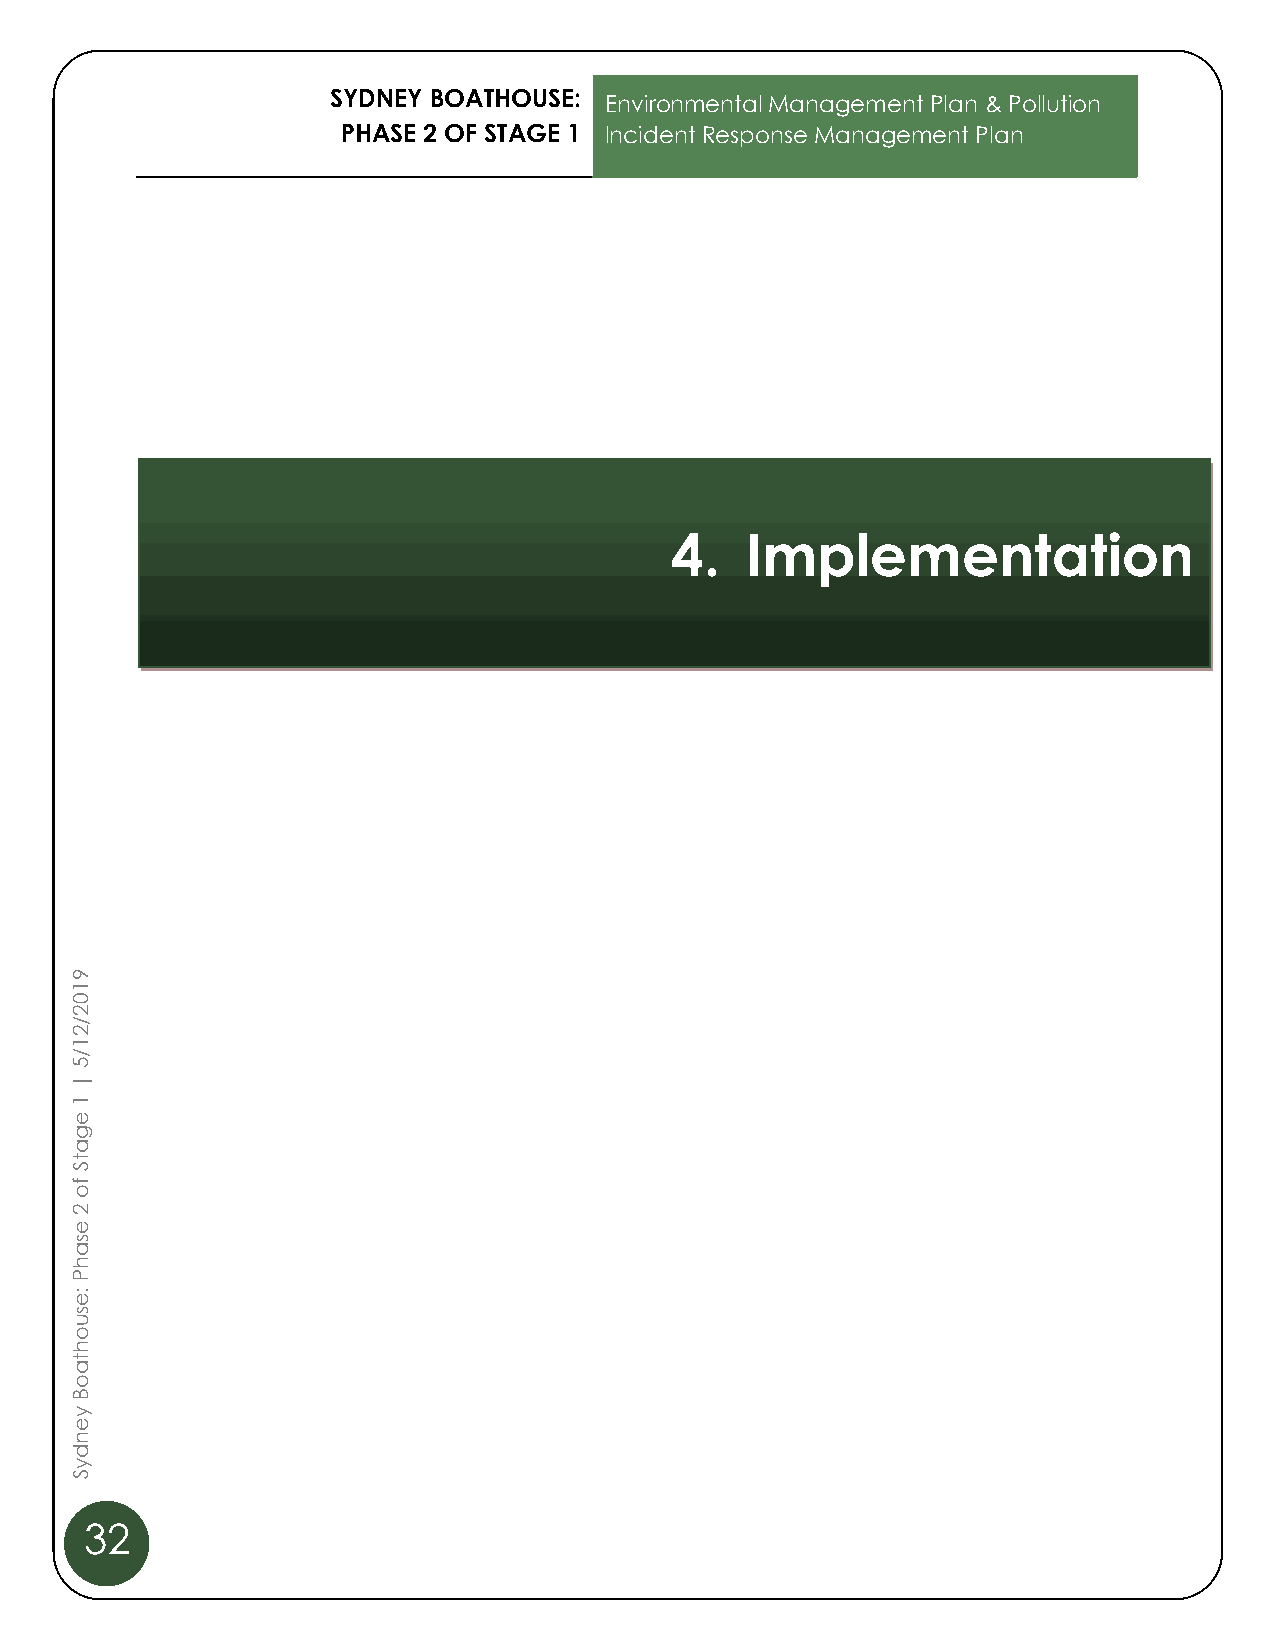
SYDNEY BOATHOUSE:
 Environmental Management Plan & Pollution
 PHASE 2 OF STAGE 1 Incident Response Management Plan
 3.   Planni4n.g     I mRepqleumireemnteanttio   n
 9
 1
 0
 2
 /
 2
 1
 /
 5
 |
 1
 e
 g
 a
 t
 S
 f
 o
 2
 e
 s
 a
 h
 P
 :e
 s
 u
 o
 h
 t
 a
 o
 B
 y
 e
 n
 d
 y
 S
 32